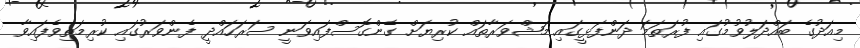
މިއަދުގެ ބައްދަލުވުމުގައި ފުރަތަމަ ދަންފަޅީގައި މަޝްވަރާތައް ކުރިޔަށް ގެންގޮސްފައިވަނީ ސަރަހައްދީ ފެންވަރުގައި ކުރިމަތިވެފައިވާ